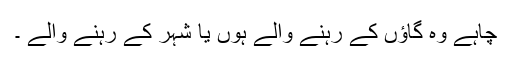
چاہے وہ گاؤں کے رہنے والے ہوں یا شہر کے رہنے والے ۔